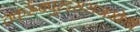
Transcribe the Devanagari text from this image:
तकर्रूबपुरइसराजखेडी